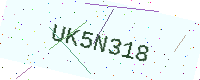
Text: UK5N318